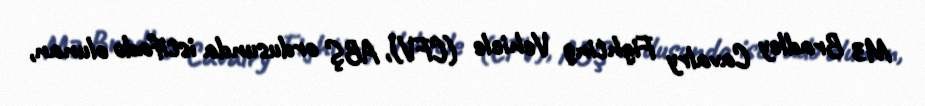
M3 Bradley Cavalry Fighting Vehicle (CFV), ABŞ ordusunda istifadə olunan,